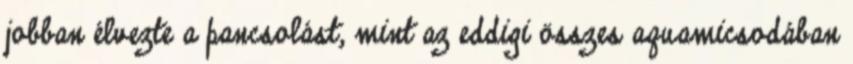
jobban élvezte a pancsolást, mint az eddigi összes aquamicsodában